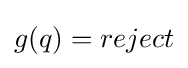
g(q)=reject